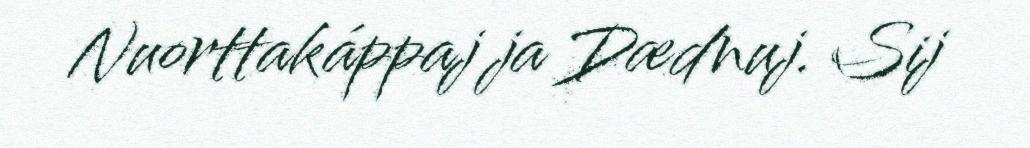
Nuorttakáppaj ja Dædnuj. Sij